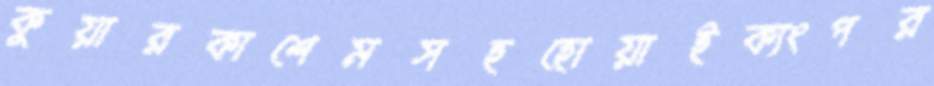
কুয়ারকাশেমসহহোয়াইক্যংপর